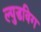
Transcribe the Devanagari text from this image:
ल्युडविग